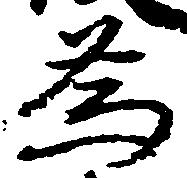
為